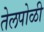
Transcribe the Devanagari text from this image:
तेलपोळी